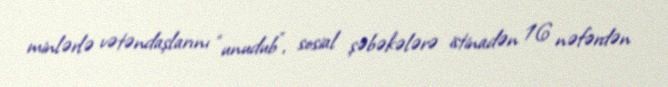
minlərlə vətəndaşlarını “unudub”, sosial şəbəkələrə istinadən 16 nəfərdən